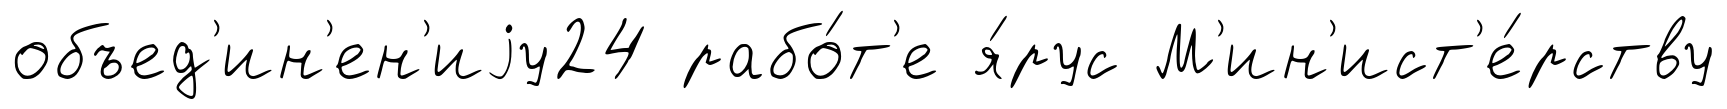
объед'ин'ен'иjу24 рабо́т'е я́рус М'ин'ист'е́рству